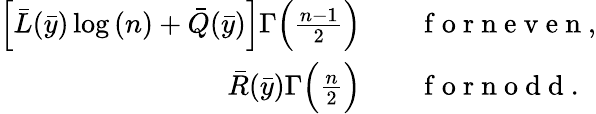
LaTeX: \begin{array}{rl}{\Big[\bar{L}(\bar{y})\log{(n)}+\bar{Q}(\bar{y})\Big]\Gamma\Big(\frac{n-1}{2}\Big)}&{{}\quad\mathrm{~f~o~r~n~e~v~e~n~},}\\ {\bar{R}(\bar{y})\Gamma\Big(\frac{n}{2}\Big)}&{{}\quad\mathrm{~f~o~r~n~o~d~d~}.}\end{array}